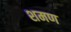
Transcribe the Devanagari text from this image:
शमण